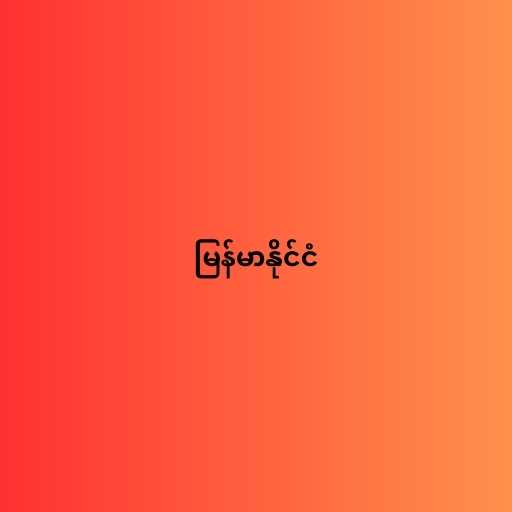
မြန်မာနိုင်ငံ